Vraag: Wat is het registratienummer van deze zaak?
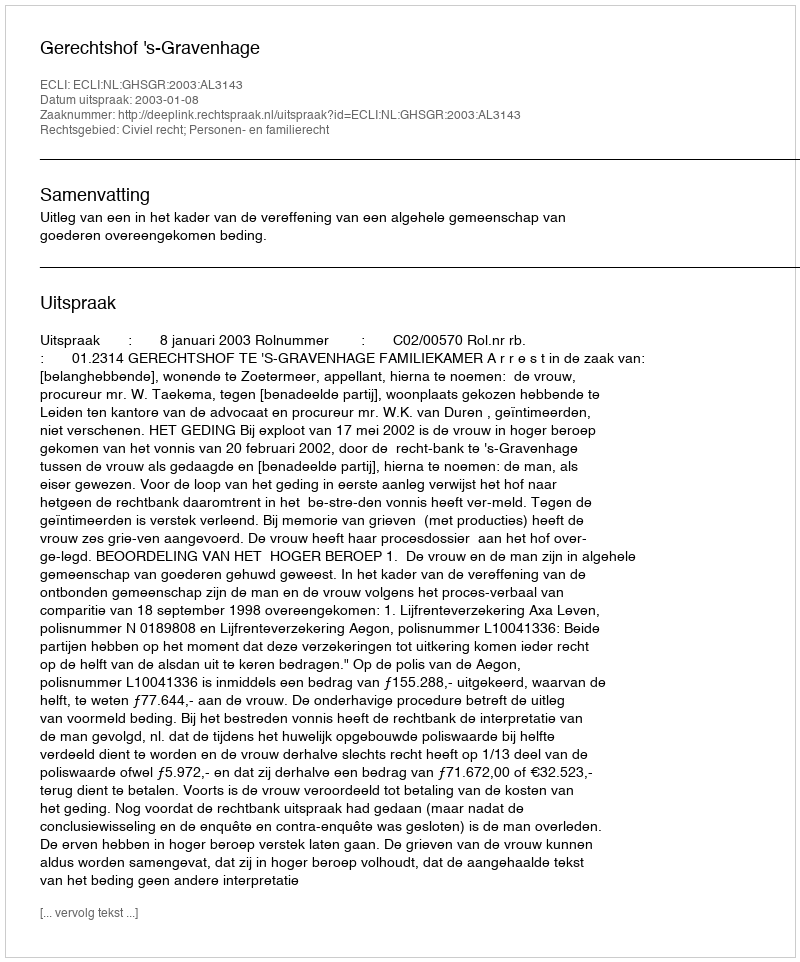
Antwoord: http://deeplink.rechtspraak.nl/uitspraak?id=ECLI:NL:GHSGR:2003:AL3143